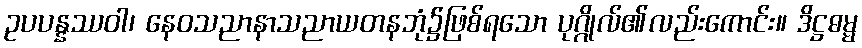
ဥပပန္နဿဝါ၊ နေဝသညာနာသညာယတနဘုံ၌ဖြစ်ရသော ပုဂ္ဂိုလ်၏လည်းကောင်း။ ဒိဋ္ဌဓမ္မ